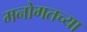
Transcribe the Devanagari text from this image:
मनोगतच्या